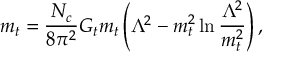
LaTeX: m _ { t } = \frac { N _ { c } } { 8 \pi ^ { 2 } } G _ { t } m _ { t } \left( \Lambda ^ { 2 } - m _ { t } ^ { 2 } \ln \frac { \Lambda ^ { 2 } } { m _ { t } ^ { 2 } } \right) ,